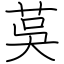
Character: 茣